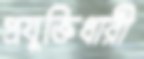
প্রযুক্তিধারী